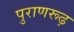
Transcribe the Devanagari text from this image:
पुराणरूढ़